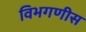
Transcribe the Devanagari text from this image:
विभगणीस